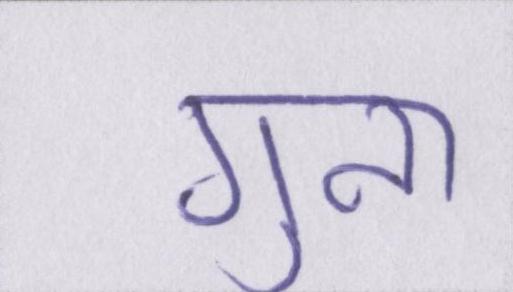
गुना